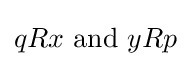
qRx{\text{ and }}yRp